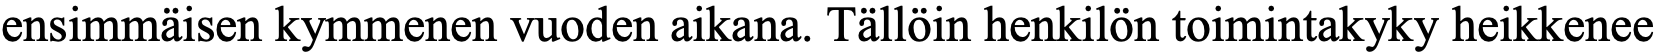
ensimmäisen kymmenen vuoden aikana. Tällöin henkilön toimintakyky heikkenee